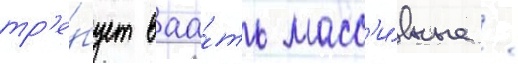
тр'е́бует ваа́ть масс'и́вные /